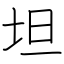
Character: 坦